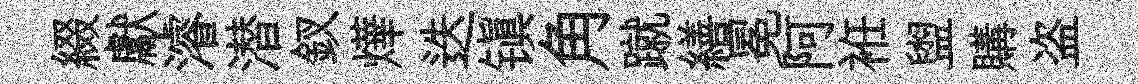
綴獻濬潜釵燁迭镇角蹴繕冕阿袵盥購盗